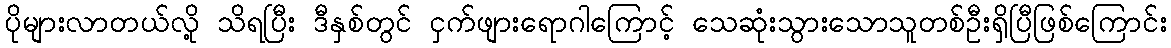
ပိုများလာတယ်လို့ သိရပြီး ဒီနှစ်တွင် ငှက်ဖျားရောဂါကြောင့် သေဆုံးသွားသောသူတစ်ဦးရှိပြီဖြစ်ကြောင်း